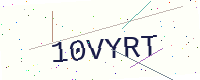
Text: 10VYRT